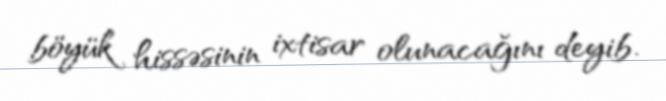
böyük hissəsinin ixtisar olunacağını deyib.